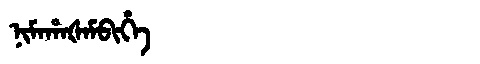
Manchu: ᠨᡳᠮᠠᡥᠠᡧᠠᠮᠪᡳᡥᡝ
Romanization: NIMAHAŠAMBIHE